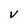
Character: V